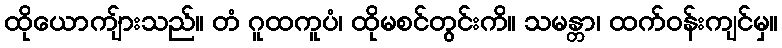
ထိုယောကျ်ားသည်။ တံ ဂူထကူပံ၊ ထိုမစင်တွင်းကိ။ သမန္တာ၊ ထက်ဝန်းကျင်မှ။